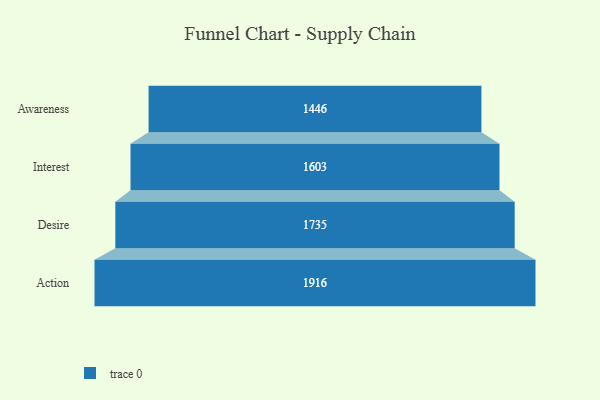
{"axis": {"x": "Stage", "y": "Value"}, "legend": [""], "data": [{"x": "Awareness", "y": 1446.0, "type": ""}, {"x": "Interest", "y": 1603.0, "type": ""}, {"x": "Desire", "y": 1735.0, "type": ""}, {"x": "Action", "y": 1916.0, "type": ""}]}